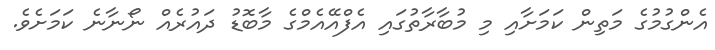
އެންގުމުގެ މަތިން ކަމަށާއި މި މުބާރާތުގައި އެފްއޭއެމްގެ މާބޮޑު ދައުރެއް ނޯނާނެ ކަަމަށެވެ.